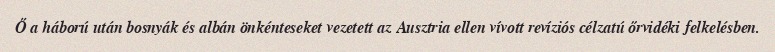
Ő a háború után bosnyák és albán önkénteseket vezetett az Ausztria ellen vívott revíziós célzatú őrvidéki felkelésben.